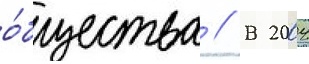
о́бщества // В 2004